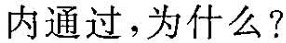
内通过，为什么?